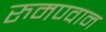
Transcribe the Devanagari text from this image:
रुमण्वान